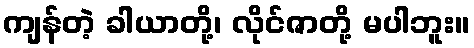
ကျန်တဲ့ ခါယာတို့၊ လိုင်ဇာတို့ မပါဘူး။